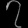
Digit: ၇